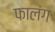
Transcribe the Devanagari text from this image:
फालंग